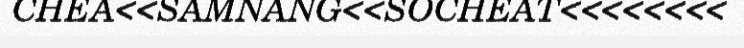
CHEA<<SAMNANG<<SOCHEAT<<<<<<<<